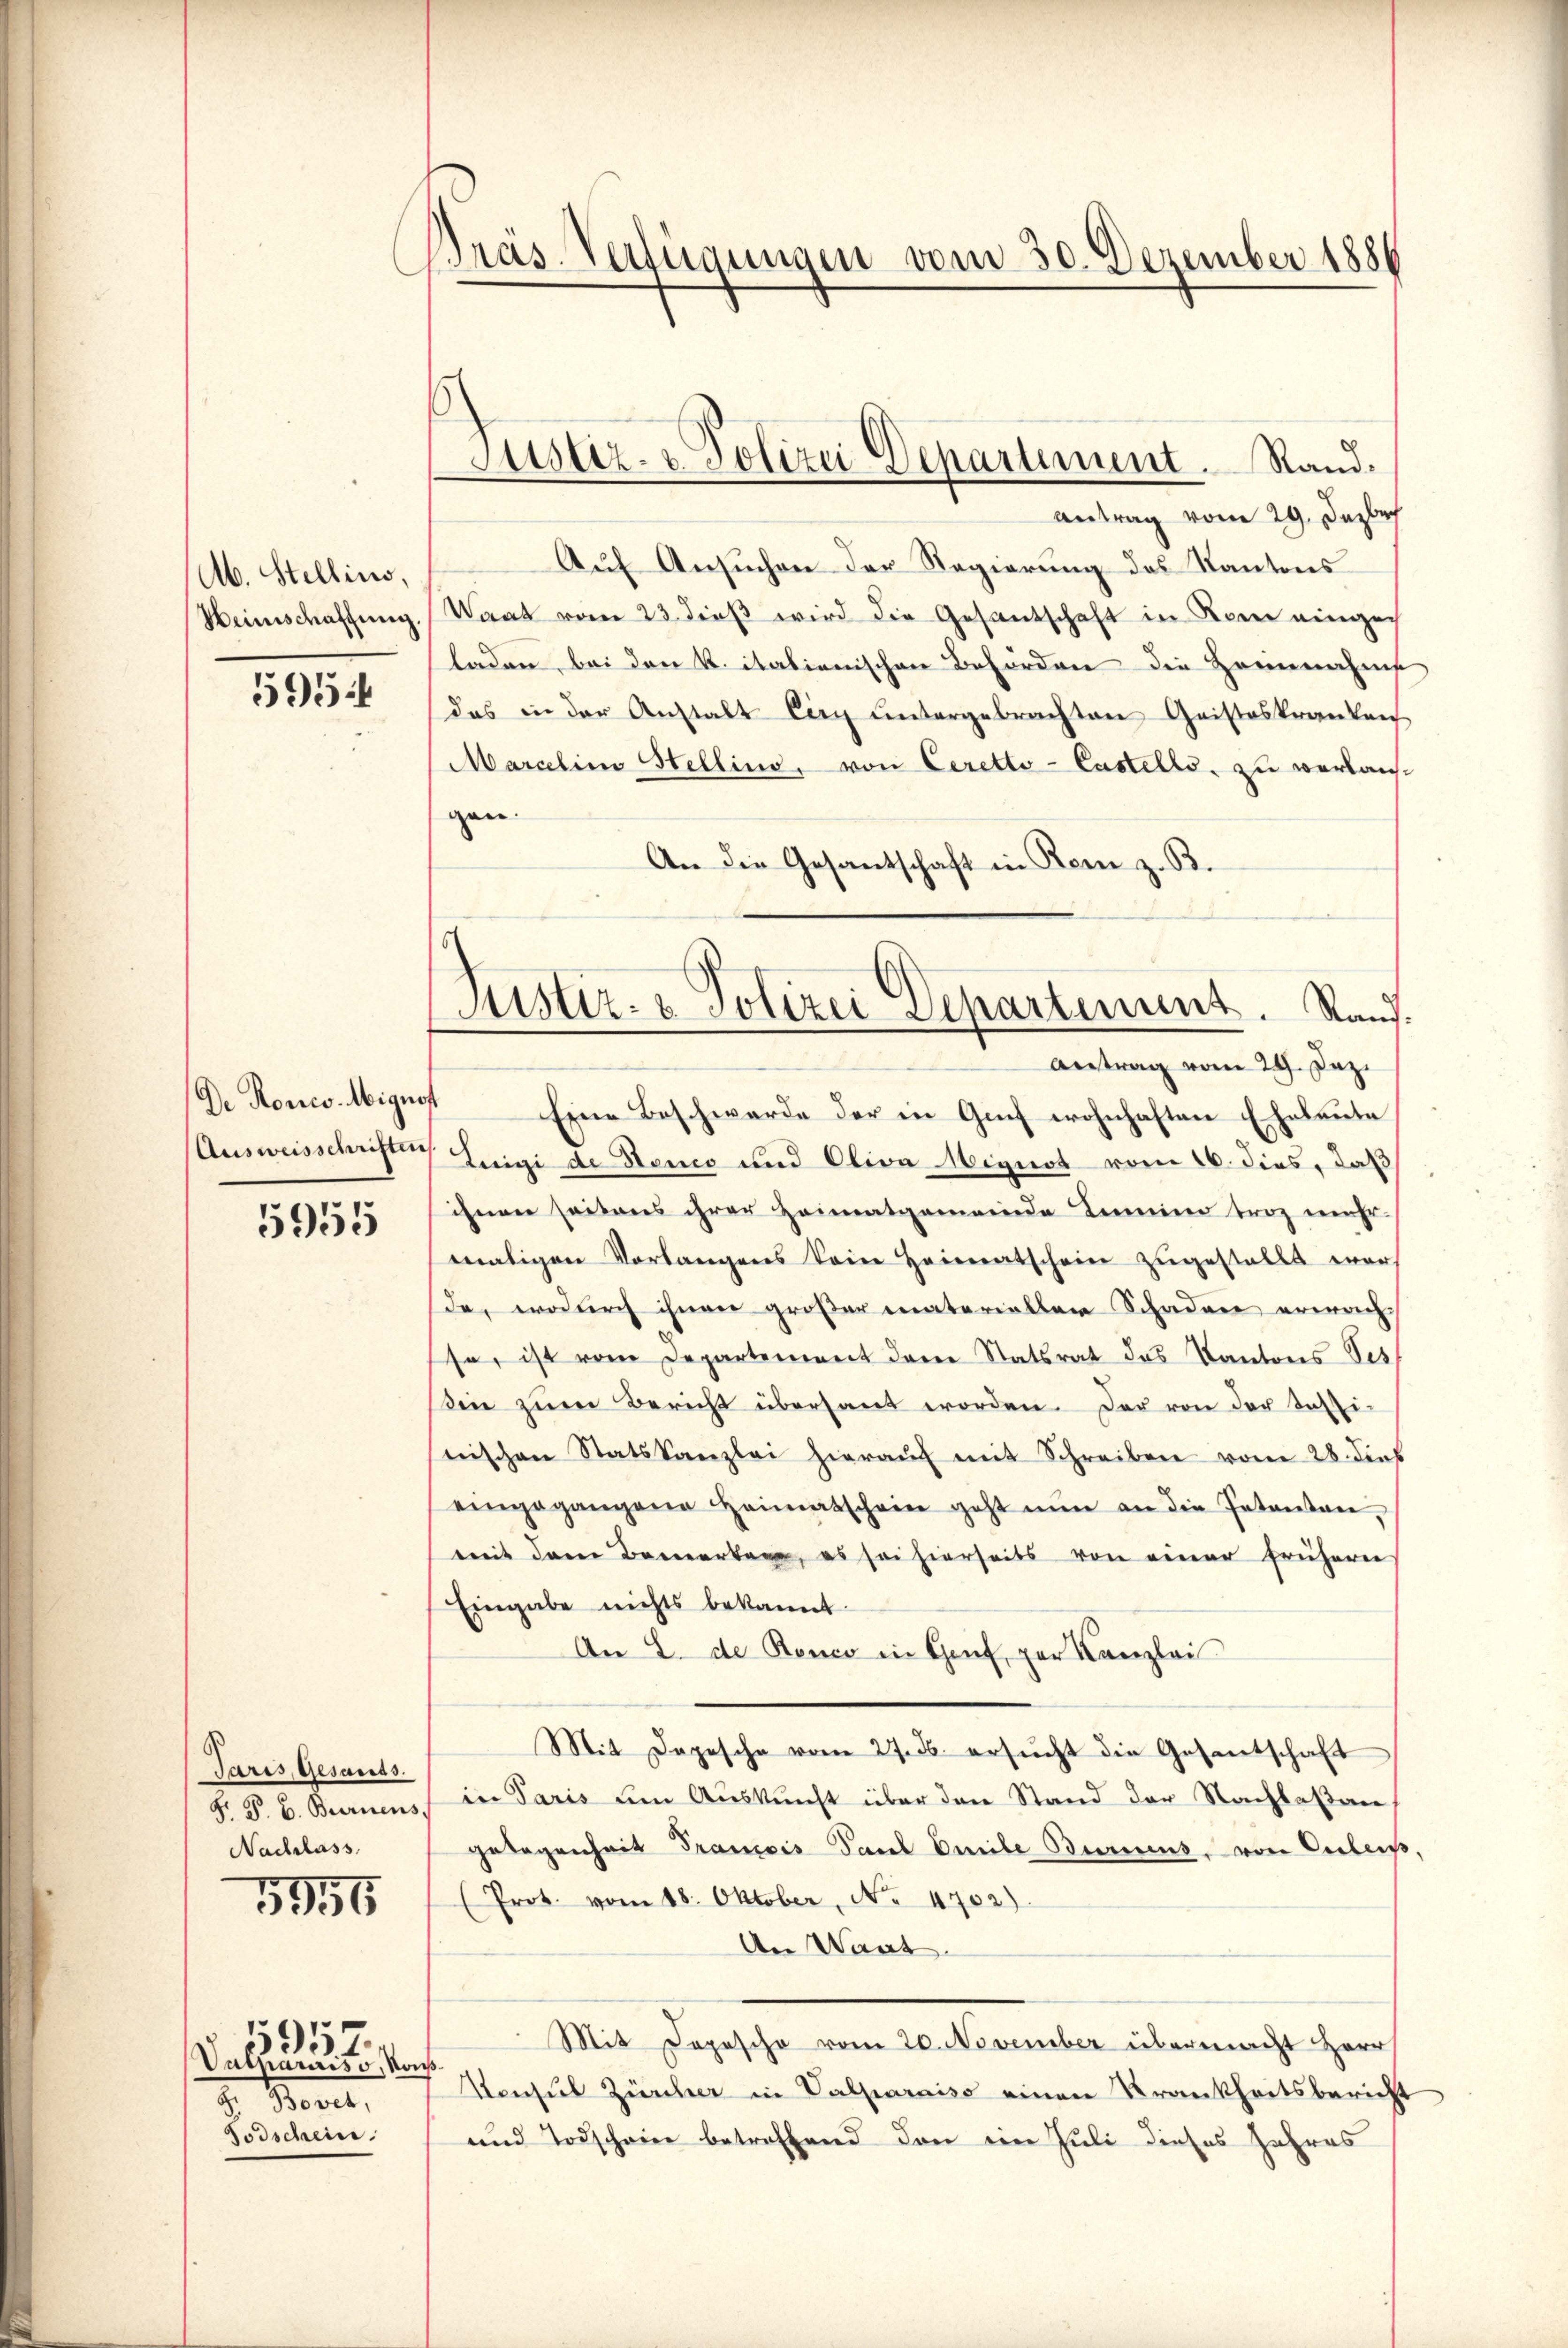
Ab. Stellino,
Heimschaffung.

595

De Rores Mignof
Ausweisschriften

5955

Paris, Gesants.
F. P. C. Bernens,
Nachlass

5955

Vutparaiss, Kons.
Bovet,
Todschein

1957.

Präs. Verfügungen vom 30. Dezember 1886

Justiz- & Polizei Departement. Rand.

Justiz- & Polizei Departiment. Kauf.
Antrag vom 29. Dez.

Antrag vom 29. Dezbr
Auf Ansuchen der Regierung des Kantons
Waat vom 23. dieβ wird die Gesantschaft in Kern einge
laden, bei den k. italienischen Behörden die Heinnahme
das in der Anstalt Ciry untergebrachten Geisteskrankenh
Marolina Stellino, von Ceretto-Castells, zu verlanggan.
An die Gesantschaft in Rom z. B.
Eine Beschwerde der in Genf wohnhaften Eheleute
Luigi de Stonio und Oliva liquot vom 16. dies, daß
ihnen seitens ihrer Heimatgemeinde Leine trag mehr
maligen Vorlangens kein Heimatschein zugestellt war
da, wodurch ihnen großer materialler Schaden erwach
se, ist vom Departement dem Statsrat des Kantons Ses
sin zŭm Bericht übersant worden. Der von der Tassi-
seischen Statskanzlei hieraŭf mit Schreiben vom 28. dies
eingegangene Heimatschein geht nŭn an die Patentan,
mit dem Bemerken, es sei hierseits von einer frühern
Eingabe nichts bekannt.
An 8. de Ronco in Gant per Kanzlei
Mit Depesche vom 27. ds. ersŭcht die Gesantschaft
in Paris um Auskunft über den Stand der Nachlaßan
gelegenheit Trancois Paul Gmeile Buriens, von Celes,
(Prot. vom 18. Oktober, No 4702).
An Want.
Mit Depesche vom 20. November übermacht Herr
Konsul Zürcher in Valparaiso einen Krankheitsbericht
und Todscheine betreffend den ein Juli dieses Jahres